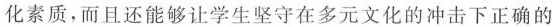
化素质,而且还能够让学生坚守在多元文化的冲击下正确的